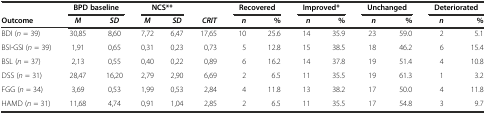
|  | <COLSPAN=2> BPD baseline | <COLSPAN=2> NCS** |  | <COLSPAN=2> Recovered | <COLSPAN=2> Improved* | <COLSPAN=2> Unchanged | <COLSPAN=2> Deteriorated |
 | Outcome | M | SD | M | SD | CRIT | n | % | n | % | n | % | n | % |
 | --- | --- | --- | --- | --- | --- | --- | --- | --- | --- | --- | --- | --- | --- |
 | BDI (n = 39) | 30,85 | 8,60 | 7,72 | 6,47 | 17,65 | 10 | 25.6 | 14 | 35.9 | 23 | 59.0 | 2 | 5.1 |
 | BSI-GSI (n = 39) | 1,91 | 0,65 | 0,31 | 0,23 | 0,73 | 5 | 12.8 | 15 | 38.5 | 18 | 46.2 | 6 | 15.4 |
 | BSL (n = 37) | 2,13 | 0,55 | 0,40 | 0,22 | 0,89 | 6 | 16.2 | 14 | 37.8 | 19 | 51.4 | 4 | 10.8 |
 | DSS (n = 31) | 28,47 | 16,20 | 2,79 | 2,90 | 6,69 | 2 | 6.5 | 11 | 35.5 | 19 | 61.3 | 1 | 3.2 |
 | FGG (n = 34) | 3,69 | 0,53 | 1,99 | 0,53 | 2,84 | 4 | 11.8 | 13 | 38.2 | 17 | 50.0 | 4 | 11.8 |
 | HAMD (n = 31) | 11,68 | 4,74 | 0,91 | 1,04 | 2,85 | 2 | 6.5 | 11 | 35.5 | 17 | 54.8 | 3 | 9.7 |